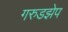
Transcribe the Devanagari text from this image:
गरुडझेप